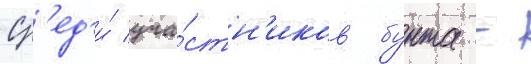
Ср'ед'и́ уча́стн'иков бунта -